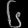
Digit: ၆